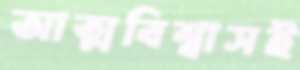
আত্মবিশ্বাসই